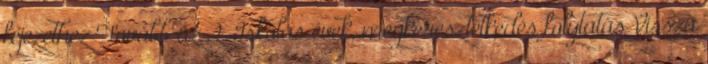
fejezethez Tovább az 2. Iskolás évek, megkeresztelkedés folytatás Vissza